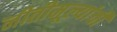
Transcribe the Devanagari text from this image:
नीतीमूल्यांची